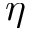
\eta